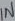
Text: IN